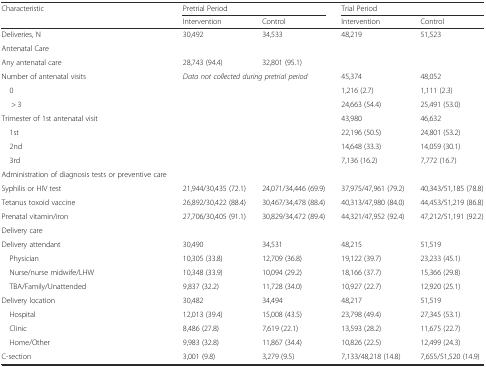
<table><thead><tr><td rowspan="2"><b>Characteristic</b></td><td colspan="2"><b>Pretrial Period</b></td><td colspan="2"><b>Trial Period</b></td></tr><tr><td><b>Intervention</b></td><td><b>Control</b></td><td><b>Intervention</b></td><td><b>Control</b></td></tr></thead><tbody><tr><td>Deliveries, N</td><td>30,492</td><td>34,533</td><td>48,219</td><td>51,523</td></tr><tr><td>Antenatal Care</td><td></td><td></td><td></td><td></td></tr><tr><td>Any antenatal care</td><td>28,743 (94.4)</td><td>32,801 (95.1)</td><td></td><td></td></tr><tr><td>Number of antenatal visits</td><td rowspan="7" colspan="2"><i>Data not collected during pretrial period</i></td><td>45,374</td><td>48,052</td></tr><tr><td> 0</td><td>1,216 (2.7)</td><td>1,111 (2.3)</td></tr><tr><td>&gt; 3</td><td>24,663 (54.4)</td><td>25,491 (53.0)</td></tr><tr><td>Trimester of 1st antenatal visit</td><td>43,980</td><td>46,632</td></tr><tr><td> 1st</td><td>22,196 (50.5)</td><td>24,801 (53.2)</td></tr><tr><td> 2nd</td><td>14,648 (33.3)</td><td>14,059 (30.1)</td></tr><tr><td> 3rd</td><td>7,136 (16.2)</td><td>7,772 (16.7)</td></tr><tr><td>Administration of diagnosis tests or preventive care</td><td></td><td></td><td></td><td></td></tr><tr><td>Syphilis or HIV test</td><td>21,944/30,435 (72.1)</td><td>24,071/34,446 (69.9)</td><td>37,975/47,961 (79.2)</td><td>40,343/51,185 (78.8)</td></tr><tr><td>Tetanus toxoid vaccine</td><td>26,892/30,422 (88.4)</td><td>30,467/34,478 (88.4)</td><td>40,313/47,980 (84.0)</td><td>44,453/51,219 (86.8)</td></tr><tr><td>Prenatal vitamin/iron</td><td>27,706/30,405 (91.1)</td><td>30,829/34,472 (89.4)</td><td>44,321/47,952 (92.4)</td><td>47,212/51,191 (92.2)</td></tr><tr><td>Delivery care</td><td></td><td></td><td></td><td></td></tr><tr><td>Delivery attendant</td><td>30,490</td><td>34,531</td><td>48,215</td><td>51,519</td></tr><tr><td> Physician</td><td>10,305 (33.8)</td><td>12,709 (36.8)</td><td>19,122 (39.7)</td><td>23,233 (45.1)</td></tr><tr><td> Nurse/nurse midwife/LHW</td><td>10,348 (33.9)</td><td>10,094 (29.2)</td><td>18,166 (37.7)</td><td>15,366 (29.8)</td></tr><tr><td> TBA/Family/Unattended</td><td>9,837 (32.2)</td><td>11,728 (34.0)</td><td>10,927 (22.7)</td><td>12,920 (25.1)</td></tr><tr><td>Delivery location</td><td>30,482</td><td>34,494</td><td>48,217</td><td>51,519</td></tr><tr><td> Hospital</td><td>12,013 (39.4)</td><td>15,008 (43.5)</td><td>23,798 (49.4)</td><td>27,345 (53.1)</td></tr><tr><td> Clinic</td><td>8,486 (27.8)</td><td>7,619 (22.1)</td><td>13,593 (28.2)</td><td>11,675 (22.7)</td></tr><tr><td> Home/Other</td><td>9,983 (32.8)</td><td>11,867 (34.4)</td><td>10,826 (22.5)</td><td>12,499 (24.3)</td></tr><tr><td>C-section</td><td>3,001 (9.8)</td><td>3,279 (9.5)</td><td>7,133/48,218 (14.8)</td><td>7,655/51,520 (14.9)</td></tr></tbody></table>